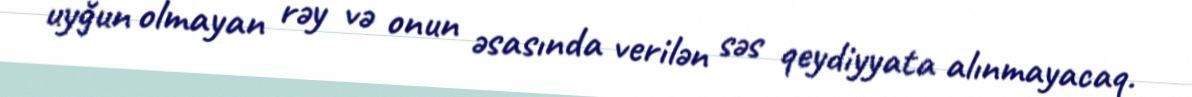
uyğun olmayan rəy və onun əsasında verilən səs qeydiyyata alınmayacaq.